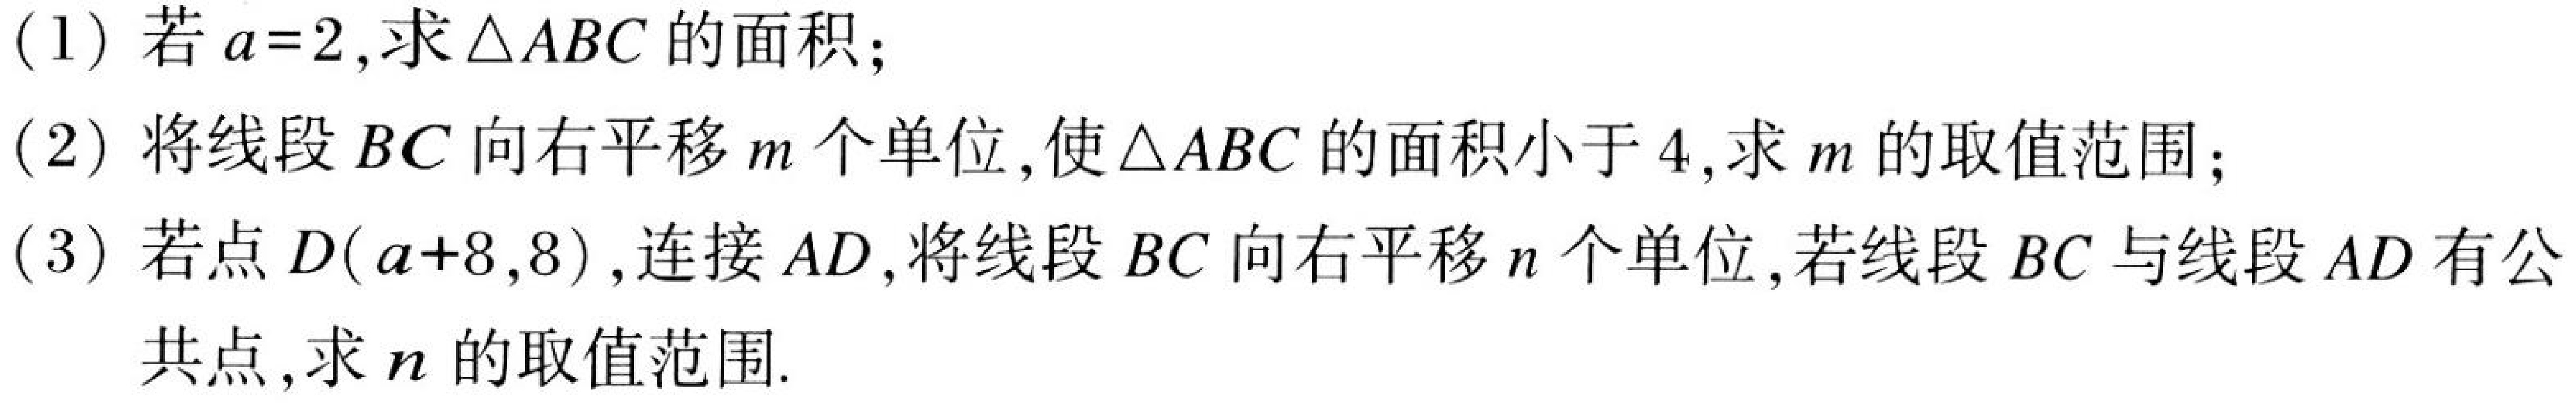
(1) 若\(a = 2\),求\(\triangle ABC\)的面积;
(2) 将线段\(BC\)向右平移\(m\)个单位,使\(\triangle ABC\)的面积小于\(4\),求\(m\)的取值范围;
(3) 若点\(D(a + 8,8)\),连接\(AD\),将线段\(BC\)向右平移\(n\)个单位,若线段\(BC\)与线段\(AD\)有公共点,求\(n\)的取值范围.